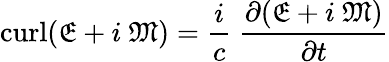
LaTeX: \operatorname{curl}({\mathfrak{E}}+i\ {\mathfrak{M}})={\frac{i}{c}}\ {\frac{\partial({\mathfrak{E}}+i\ {\mathfrak{M}})}{\partial t}}